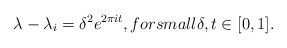
\begin{align*}\lambda -\lambda _i=\delta^2e^{2\pi it}, for small \delta,t\in [0, 1].\end{align*}